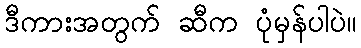
ဒီကားအတွက် ဆီက ပုံမှန်ပါပဲ။